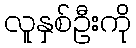
လူနှစ်ဦးကို